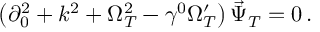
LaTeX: \left( \partial _ { 0 } ^ { 2 } + k ^ { 2 } + \Omega _ { T } ^ { 2 } - \gamma ^ { 0 } \Omega _ { T } ^ { \prime } \right) \vec { \Psi } _ { T } = 0 \, .